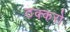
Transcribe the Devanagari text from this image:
ठक्करो